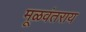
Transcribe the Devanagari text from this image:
मूळवंतराय